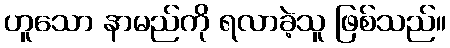
ဟူသော နာမည်ကို ရလာခဲ့သူ ဖြစ်သည်။